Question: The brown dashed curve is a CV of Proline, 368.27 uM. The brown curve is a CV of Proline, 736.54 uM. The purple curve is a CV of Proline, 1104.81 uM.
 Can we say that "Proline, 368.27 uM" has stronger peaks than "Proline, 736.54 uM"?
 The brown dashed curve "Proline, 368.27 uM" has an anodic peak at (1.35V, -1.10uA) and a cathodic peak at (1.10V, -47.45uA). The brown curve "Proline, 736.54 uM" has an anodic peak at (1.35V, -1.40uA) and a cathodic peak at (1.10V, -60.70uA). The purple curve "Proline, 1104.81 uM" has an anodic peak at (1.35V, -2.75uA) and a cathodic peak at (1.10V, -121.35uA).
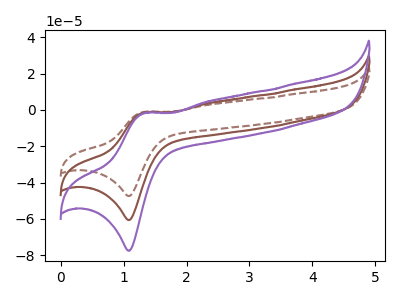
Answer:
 <answer>The peaks in "Proline, 368.27 uM" are neither all higher or all lower than the peaks in "Proline, 736.54 uM".</answer>
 <eval>mixed</eval>